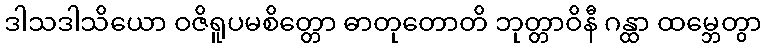
ဒါသဒါသိယော ဝဇိရူပမစိတ္တော ဓာတုတောတိ ဘုတ္တာဝိနီ ဂန္ထာ ထမ္ဘေတွာ